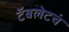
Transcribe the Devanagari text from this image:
टॅबलेटचं